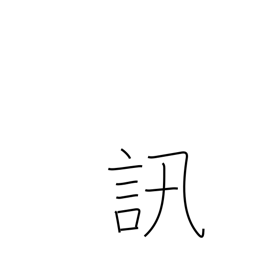
Meaning: investigate